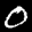
Label: 0